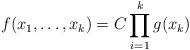
\begin{align*}f(x_1,\dots, x_k)= C\prod_{i=1}^k g(x_k)\end{align*}